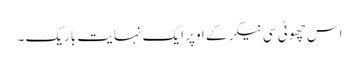
اس چھوٹی سی نیکر کے اوپر ایک نہایت باریک ۔